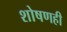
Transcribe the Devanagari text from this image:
शोषणही